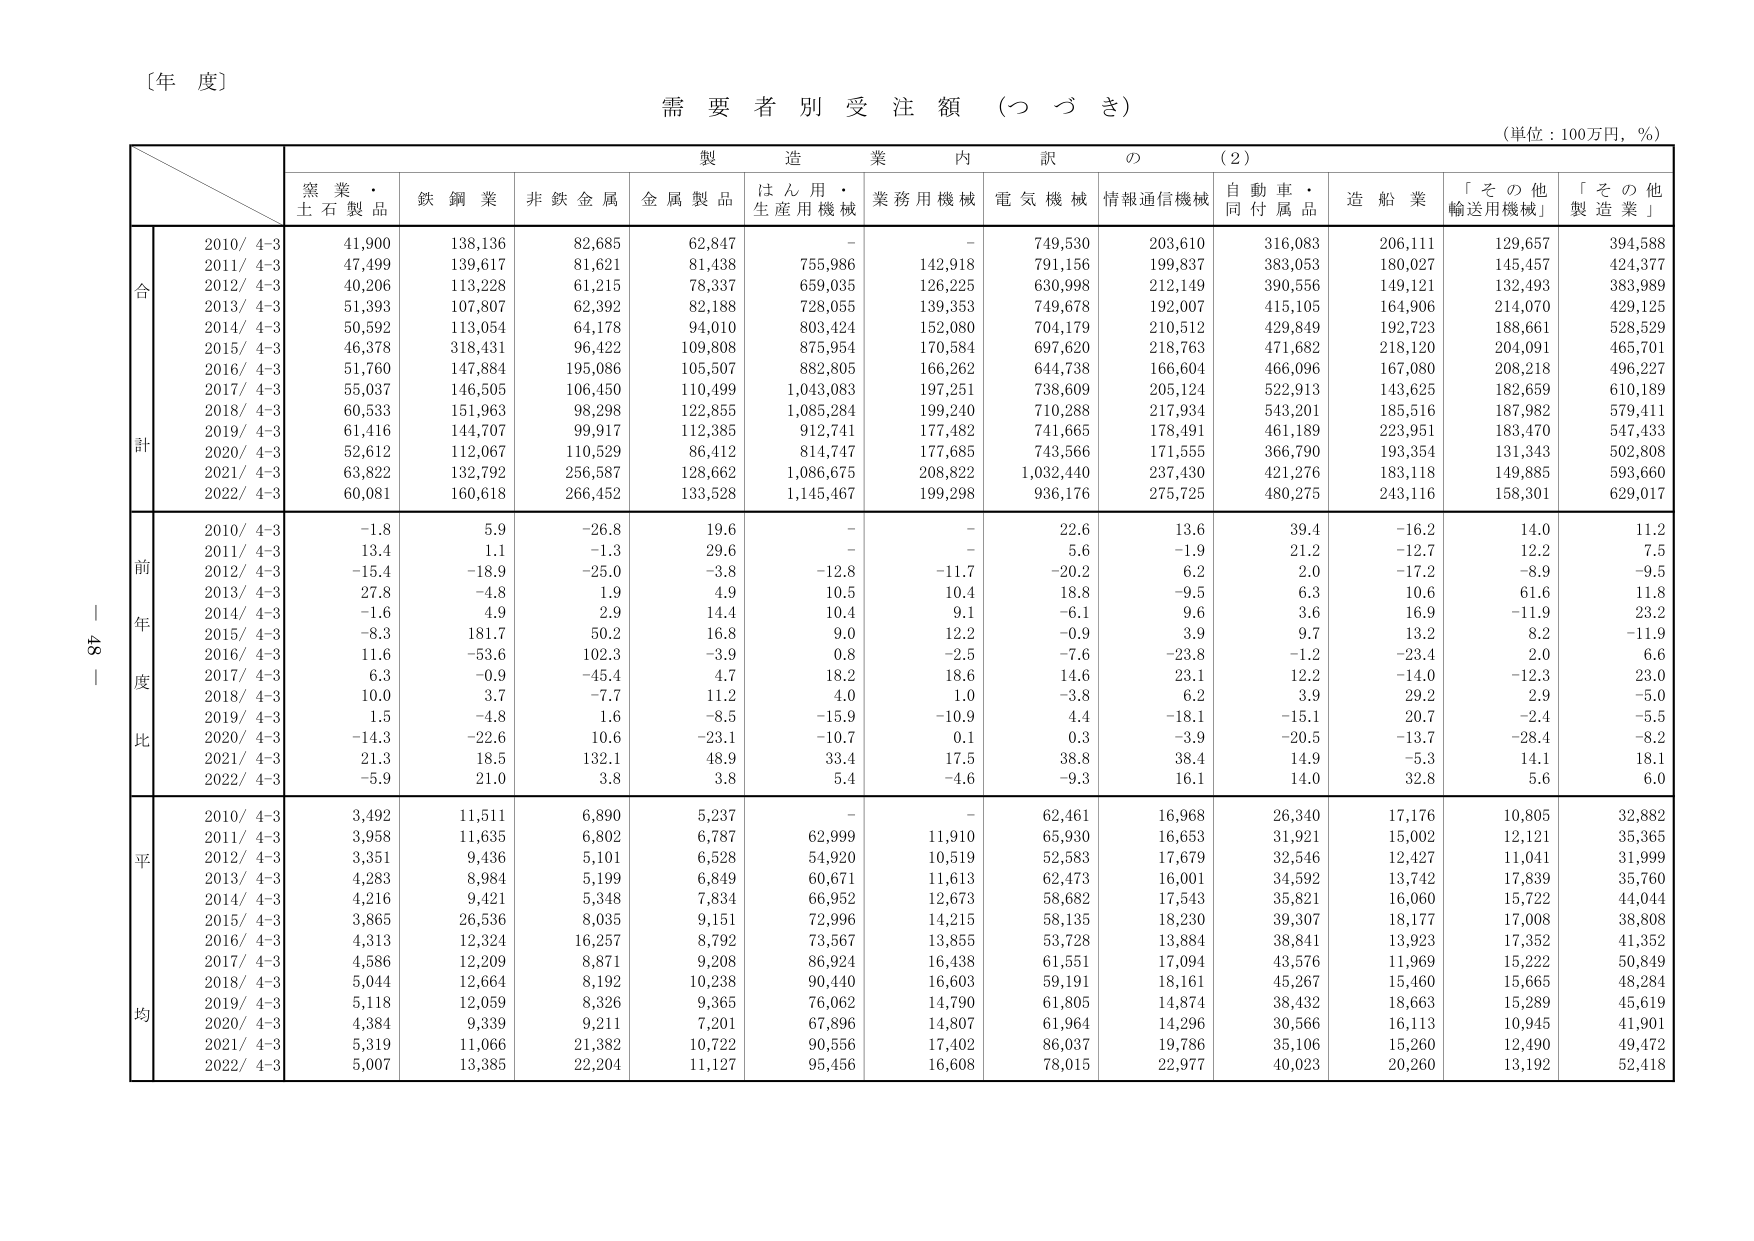
〔年 度〕
需要者別受注額（つづき）
（単位：100万円，％）

製造業内訳の（2）

窯業・
土石製品
鉄鋼業
非鉄金属
金属製品
はん用・
生産用機械
業務用機械
電気機械
情報通信機械
自動車・
同付属品
造船業
「その他
輸送用機械」
「その他
製造業」

合計
2010/4-3
41,900
138,136
82,685
62,847
-
-
749,530
203,610
316,083
206,111
129,657
394,588
2011/4-3
47,499
139,617
81,621
81,438
755,986
142,918
791,156
199,837
383,053
180,027
145,457
424,377
2012/4-3
40,206
113,228
61,215
78,337
659,035
126,225
630,998
212,149
390,556
149,121
132,493
383,989
2013/4-3
51,393
107,807
62,392
82,188
728,055
139,353
749,678
192,007
415,105
164,906
214,070
429,125
2014/4-3
50,592
113,054
64,178
94,010
803,424
152,080
704,179
210,512
429,849
192,723
188,661
528,529
2015/4-3
46,378
318,431
96,422
109,808
875,954
170,584
697,620
218,763
471,682
218,120
204,091
465,701
2016/4-3
51,760
147,884
195,086
105,507
882,805
166,262
644,738
166,604
466,096
167,080
208,218
496,227
2017/4-3
55,037
146,505
106,450
110,499
1,043,083
197,251
738,609
205,124
522,913
143,625
182,659
610,189
2018/4-3
60,533
151,963
98,298
122,855
1,085,284
199,240
710,288
217,934
543,201
185,516
187,982
579,411
2019/4-3
61,416
144,707
99,917
112,385
912,741
177,482
741,665
178,491
461,189
223,951
183,470
547,433
2020/4-3
52,612
112,067
110,529
86,412
814,747
177,685
743,566
171,555
366,790
193,354
131,343
502,808
2021/4-3
63,822
132,792
256,587
128,662
1,086,675
208,822
1,032,440
237,430
421,276
183,118
149,885
593,660
2022/4-3
60,081
160,618
266,452
133,528
1,145,467
199,298
936,176
275,725
480,275
243,116
158,301
629,017

前年度比
2010/4-3
-1.8
5.9
-26.8
19.6
-
-
22.6
13.6
39.4
-16.2
14.0
11.2
2011/4-3
13.4
1.1
-1.3
29.6
-
-
5.6
-1.9
21.2
-12.7
12.2
7.5
2012/4-3
-15.4
-18.9
-25.0
-3.8
-12.8
-11.7
-20.2
6.2
2.0
-17.2
-8.9
-9.5
2013/4-3
27.8
-4.8
1.9
4.9
10.5
10.4
18.8
-9.5
6.3
10.6
61.6
11.8
2014/4-3
-1.6
4.9
2.9
14.4
10.4
9.1
-6.1
9.6
3.6
16.9
-11.9
23.2
2015/4-3
-8.3
181.7
50.2
16.8
9.0
12.2
-0.9
3.9
9.7
13.2
8.2
-11.9
2016/4-3
11.6
-53.6
102.3
-3.9
0.8
-2.5
-7.6
-23.8
-1.2
-23.4
2.0
6.6
2017/4-3
6.3
-0.9
-45.4
4.7
18.2
18.6
14.6
23.1
12.2
-14.0
-12.3
23.0
2018/4-3
10.0
3.7
-7.7
11.2
4.0
1.0
-3.8
6.2
3.9
29.2
2.9
-5.0
2019/4-3
1.5
-4.8
1.6
-8.5
-15.9
-10.9
4.4
-18.1
-15.1
20.7
-2.4
-5.5
2020/4-3
-14.3
-22.6
10.6
-23.1
-10.7
0.1
0.3
-3.9
-20.5
-13.7
-28.4
-8.2
2021/4-3
21.3
18.5
132.1
48.9
33.4
17.5
38.8
38.4
14.9
-5.3
14.1
18.1
2022/4-3
-5.9
21.0
3.8
3.8
5.4
-4.6
-9.3
16.1
14.0
32.8
5.6
6.0

平均
2010/4-3
3,492
11,511
6,890
5,237
-
-
62,461
16,968
26,340
17,176
10,805
32,882
2011/4-3
3,958
11,635
6,802
6,787
62,999
11,910
65,930
16,653
31,921
15,002
12,121
35,365
2012/4-3
3,351
9,436
5,101
6,528
54,920
10,519
52,583
17,679
32,546
12,427
11,041
31,999
2013/4-3
4,283
8,984
5,199
6,849
60,671
11,613
62,473
16,001
34,592
13,742
17,839
35,760
2014/4-3
4,216
9,421
5,348
7,834
66,952
12,673
58,682
17,543
35,821
16,060
15,722
44,044
2015/4-3
3,865
26,536
8,035
9,151
72,996
14,215
58,135
18,230
39,307
18,177
17,008
38,808
2016/4-3
4,313
12,324
16,257
8,792
73,567
13,855
53,728
13,884
38,841
13,923
17,352
41,352
2017/4-3
4,586
12,209
8,871
9,208
86,924
16,438
61,551
17,094
43,576
11,969
15,222
50,849
2018/4-3
5,044
12,664
8,192
10,238
90,440
16,603
59,191
18,161
45,267
15,460
15,665
48,284
2019/4-3
5,118
12,059
8,326
9,365
76,062
14,790
61,805
14,874
38,432
18,663
15,289
45,619
2020/4-3
4,384
9,339
9,211
7,201
67,896
14,807
61,964
14,296
30,566
16,113
10,945
41,901
2021/4-3
5,319
11,066
21,382
10,722
90,556
17,402
86,037
19,786
35,106
15,260
12,490
49,472
2022/4-3
5,007
13,385
22,204
11,127
95,456
16,608
78,015
22,977
40,023
20,260
13,192
52,418

48｜